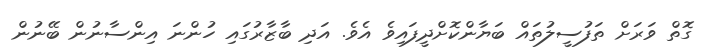
ގޮތް ވަރަށް ތަފުސީލުތައް ބަޔާންކޮށްދީފައިވެ އެވެ. އަދި ބާޒާރުގައި ހުންނަ އިންސާނުން ބޭނުން